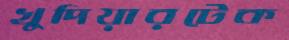
খুদিয়ারটেক